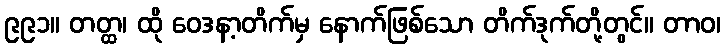
၉၉၁။ တတ္ထ၊ ထို ဝေဒနာ့တိက်မှ နောက်ဖြစ်သော တိက်ဒုက်တို့တွင်။ တာဝ၊